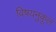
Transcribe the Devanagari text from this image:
विषयनुकूल